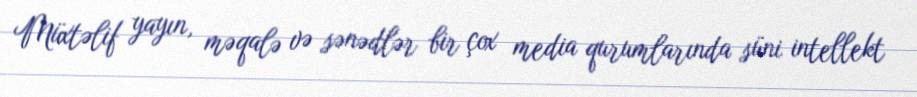
Müxtəlif yayın, məqalə və sənədlər bir çox media qurumlarında süni intellekt